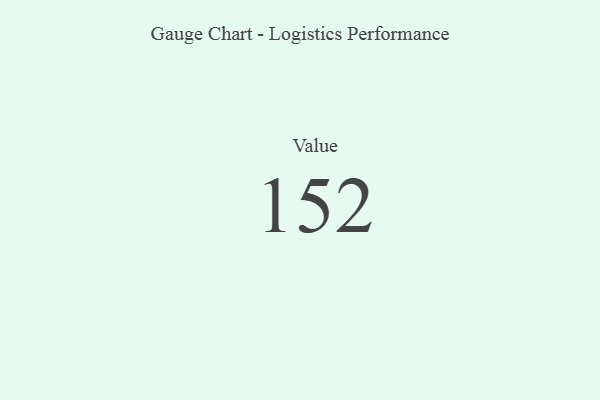
{"axis": {"x": "Metric", "y": "Value"}, "legend": [""], "data": [{"x": "Value", "y": 152, "type": ""}]}